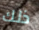
ذلك